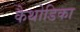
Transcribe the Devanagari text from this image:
कैथोडिका